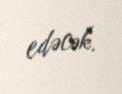
edəcək.